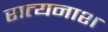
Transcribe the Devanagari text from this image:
सत्यनाश